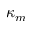
\kappa _ { m }